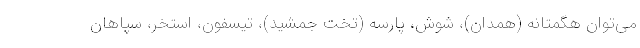
می‌توان هگمتانه (همدان)، شوش، پارسه (تخت جمشید)، تیسفون، استخر، سپاهان